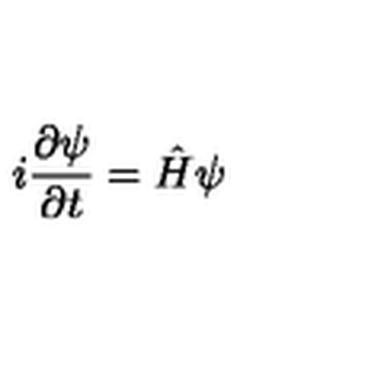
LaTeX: i \frac { \partial \psi } { \partial t } = \hat { H } \psi